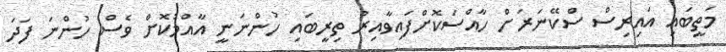
މަތީބައި އައިރިސް ސްކޭނަރަށް ހާއްސަކޮށްފައިވާއިރު ތިރީބައި ހުންނަނީ އާއްމުކޮށް ވެސް ހުންނަ ފަދަ